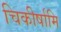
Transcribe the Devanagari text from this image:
चिकीर्षामि